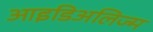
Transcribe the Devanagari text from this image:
आइडिअलिज्म